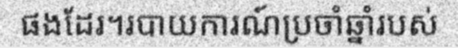
ផងដែរ។របាយការណ៍ប្រចាំឆ្នាំរបស់